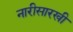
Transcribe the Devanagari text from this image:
नारीसारखी